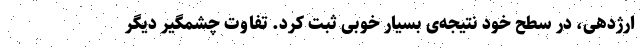
ارژدهی، در سطح خود نتیجه‌ی بسیار خوبی ‌ثبت‌ کرد. تفاوت چشمگیر دیگر